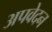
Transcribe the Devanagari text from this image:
अपवेदन